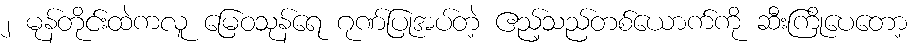
၂ မုန်တိုင်းထဲကလူ မြေဝသုန်ရေ ဂုဏ်ပြုအပ်တဲ့ ဧည့်သည်တစ်ယောက်ကို ဆီးကြိုပေတော့